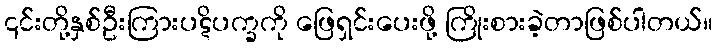
၎င်းတို့နှစ်ဦးကြားပဋိပက္ခကို ဖြေရှင်းပေးဖို့ ကြိုးစားခဲ့တာဖြစ်ပါတယ်။